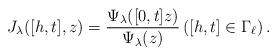
LaTeX: \begin{align*}J_\lambda([h,t], z) = \frac{\Psi_\lambda([0,t]z)}{\Psi_\lambda(z)} \left([h,t] \in \Gamma_\ell\right).\end{align*}